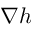
\nabla h